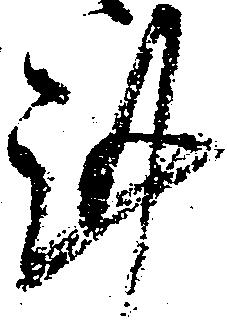
謹